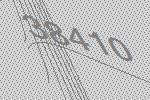
38410